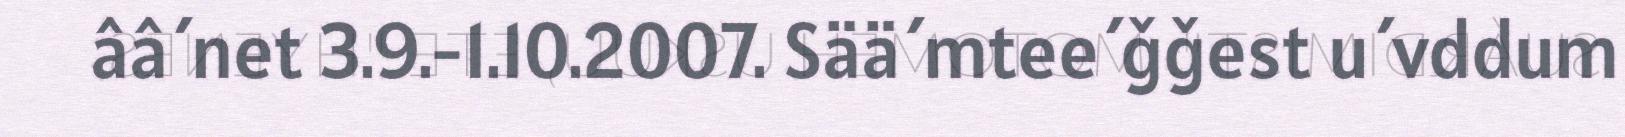
ââ´net 3.9.-1.10.2007. Sää´mtee´ǧǧest u´vddum